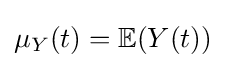
\mu _{Y}(t)=\mathbb {E} (Y(t))